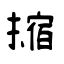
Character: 摍